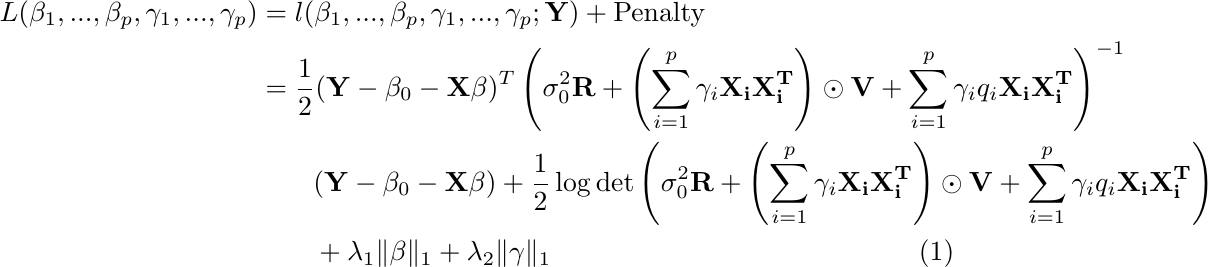
\begin{align}
\label{eqn:loss}
    L(\beta_1,...,\beta_p,\gamma_1,...,\gamma_p)     &= l(\beta_1,...,\beta_p,\gamma_1,...,\gamma_p;\textbf{Y}) + \text{Penalty} \nonumber \\
    &= \frac{1}{2}(\mathbf{Y}-\beta_0-\mathbf{X}\mathbf{\beta})^T\left(\sigma_0^2\mathbf{R} + \left(\sum_{i=1}^p\gamma_i\mathbf{X_iX_i^T}\right)\odot \mathbf{V} + \sum_{i=1}^p\gamma_iq_i\mathbf{X_iX_i^T}\right)^{-1} \nonumber \\&\qquad(\mathbf{Y}-\beta_0-\mathbf{X}\mathbf{\beta})+\frac{1}{2}\log{\det{\left(\sigma_0^2\mathbf{R} + \left(\sum_{i=1}^p\gamma_i\mathbf{X_iX_i^T}\right)\odot \mathbf{V} + \sum_{i=1}^p\gamma_iq_i\mathbf{X_iX_i^T}\right)}} \nonumber \\&\qquad+\lambda_1\|\beta\|_1+\lambda_2\|\gamma\|_1
\end{align}